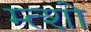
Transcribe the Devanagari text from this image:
म्त्शो